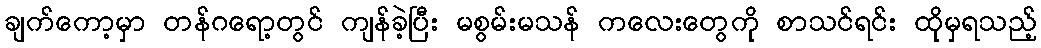
ချက်ကော့မှာ တန်ဂရော့တွင် ကျန်ခဲ့ပြီး မစွမ်းမသန် ကလေးတွေကို စာသင်ရင်း ထိုမှရသည့်